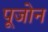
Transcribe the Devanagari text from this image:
पूजोन